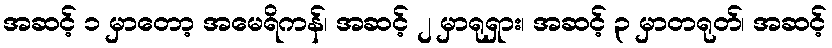
အဆင့် ၁ မှာတော့ အမေရိကန်၊ အဆင့် ၂ မှာရုရှား၊ အဆင့် ၃ မှာတရုတ်၊ အဆင့်